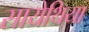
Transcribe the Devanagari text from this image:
सायेथिया